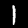
Label: 1